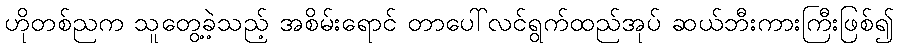
ဟိုတစ်ညက သူတွေ့ခဲ့သည့် အစိမ်းရောင် တာပေါ်လင်ရွက်ထည်အုပ် ဆယ်ဘီးကားကြီးဖြစ်၍